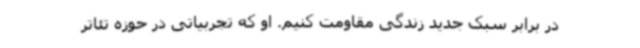
در برابر سبک جدید زندگی مقاومت کنیم. او که تجربیاتی در حوزه تئاتر